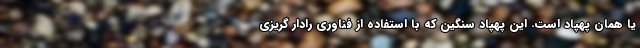
یا همان پهپاد است. این پهپاد سنگین که با استفاده از فناوری رادار گریزی